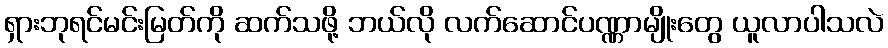
ရှားဘုရင်မင်းမြတ်ကို ဆက်သဖို့ ဘယ်လို လက်ဆောင်ပဏ္ဏာမျိုးတွေ ယူလာပါသလဲ